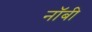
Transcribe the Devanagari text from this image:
नॉबी